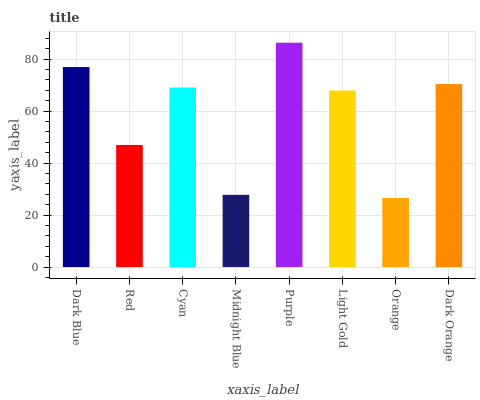
| xaxis_label | bars |
 | --- | --- |
 | Dark Blue | 77 |
 | Red | 47 |
 | Cyan | 69.1 |
 | Midnight Blue | 27.8 |
 | Purple | 86.3 |
 | Light Gold | 67.9 |
 | Orange | 26.6 |
 | Dark Orange | 70.4 |